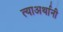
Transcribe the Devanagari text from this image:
त्याअर्थानी